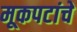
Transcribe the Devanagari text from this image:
मूकपटांचे